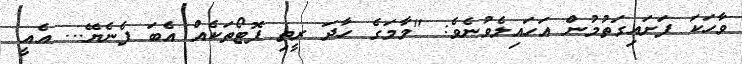
ވާހަކަ ފަށައިގަތުމުން އަހައިލެވުނެވެ: "މާމަގެ ހާދަ ރީތި ފޮޓޯތަކެއް އެބަ ފެނެޔޭ... އެއީ